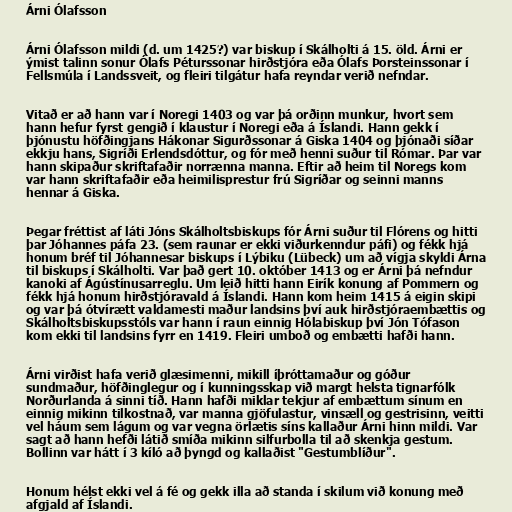
Árni Ólafsson

Árni Ólafsson mildi (d. um 1425?) var biskup í Skálholti á 15. öld. Árni er
ýmist talinn sonur Ólafs Péturssonar hirðstjóra eða Ólafs Þorsteinssonar í
Fellsmúla í Landssveit, og fleiri tilgátur hafa reyndar verið nefndar.

Vitað er að hann var í Noregi 1403 og var þá orðinn munkur, hvort sem
hann hefur fyrst gengið í klaustur í Noregi eða á Íslandi. Hann gekk í
þjónustu höfðingjans Hákonar Sigurðssonar á Giska 1404 og þjónaði síðar
ekkju hans, Sigríði Erlendsdóttur, og fór með henni suður til Rómar. Þar var
hann skipaður skriftafaðir norrænna manna. Eftir að heim til Noregs kom
var hann skriftafaðir eða heimilisprestur frú Sigríðar og seinni manns
hennar á Giska.

Þegar fréttist af láti Jóns Skálholtsbiskups fór Árni suður til Flórens og hitti
þar Jóhannes páfa 23. (sem raunar er ekki viðurkenndur páfi) og fékk hjá
honum bréf til Jóhannesar biskups í Lýbiku (Lübeck) um að vígja skyldi Árna
til biskups í Skálholti. Var það gert 10. október 1413 og er Árni þá nefndur
kanoki af Ágústínusarreglu. Um leið hitti hann Eirík konung af Pommern og
fékk hjá honum hirðstjóravald á Íslandi. Hann kom heim 1415 á eigin skipi
og var þá ótvírætt valdamesti maður landsins því auk hirðstjóraembættis og
Skálholtsbiskupsstóls var hann í raun einnig Hólabiskup því Jón Tófason
kom ekki til landsins fyrr en 1419. Fleiri umboð og embætti hafði hann.

Árni virðist hafa verið glæsimenni, mikill íþróttamaður og góður
sundmaður, höfðinglegur og í kunningsskap við margt helsta tignarfólk
Norðurlanda á sinni tíð. Hann hafði miklar tekjur af embættum sínum en
einnig mikinn tilkostnað, var manna gjöfulastur, vinsæll og gestrisinn, veitti
vel háum sem lágum og var vegna örlætis síns kallaður Árni hinn mildi. Var
sagt að hann hefði látið smíða mikinn silfurbolla til að skenkja gestum.
Bollinn var hátt í 3 kíló að þyngd og kallaðist "Gestumblíður".

Honum hélst ekki vel á fé og gekk illa að standa í skilum við konung með
afgjald af Íslandi.